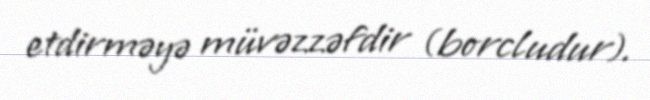
etdirməyə müvəzzəfdir (borcludur).